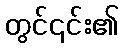
တွင်၎င်း၏